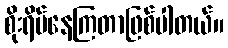
စိုးရိမ်နေကြတာဖြစ်ပါတယ်။